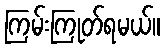
ကြမ်းကြုတ်ရမယ်။